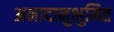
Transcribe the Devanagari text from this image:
अनादानुभुमित